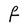
Character: F